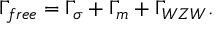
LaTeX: \Gamma _ { f r e e } = \Gamma _ { \sigma } + \Gamma _ { m } + \Gamma _ { W Z W } .